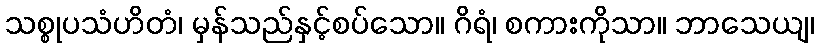
သစ္စုပသံဟိတံ၊ မှန်သည်နှင့်စပ်သော။ ဂိရံ၊ စကားကိုသာ။ ဘာသေယျ၊